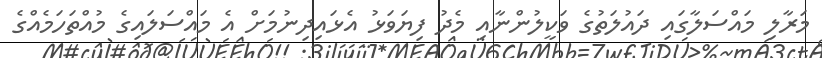
މަރާލި މައްސަލާގައި ދައުލަތުގެ ވަކީލުންނާއި މެދު ފިޔަވަޅު އެޅައިދިނުމަށް އެ މައްސަލައިގެ މުއްތަހަމެއްގެ